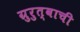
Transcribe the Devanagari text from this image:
ग्रुरुत्वाची